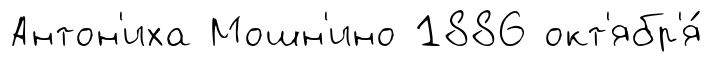
Антон'иха Мошн'ино 1886 окт'ябр'я́